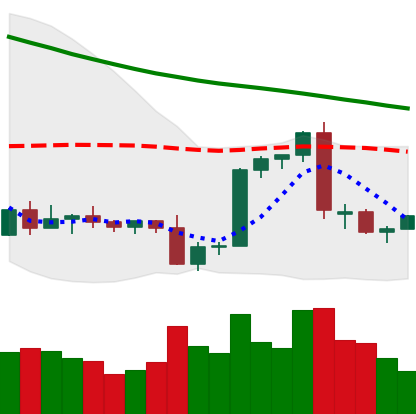
Ticker: BTC-USD
Chart end date: 2022-09-17
Forward return: -3.547%
Label: down_3_5